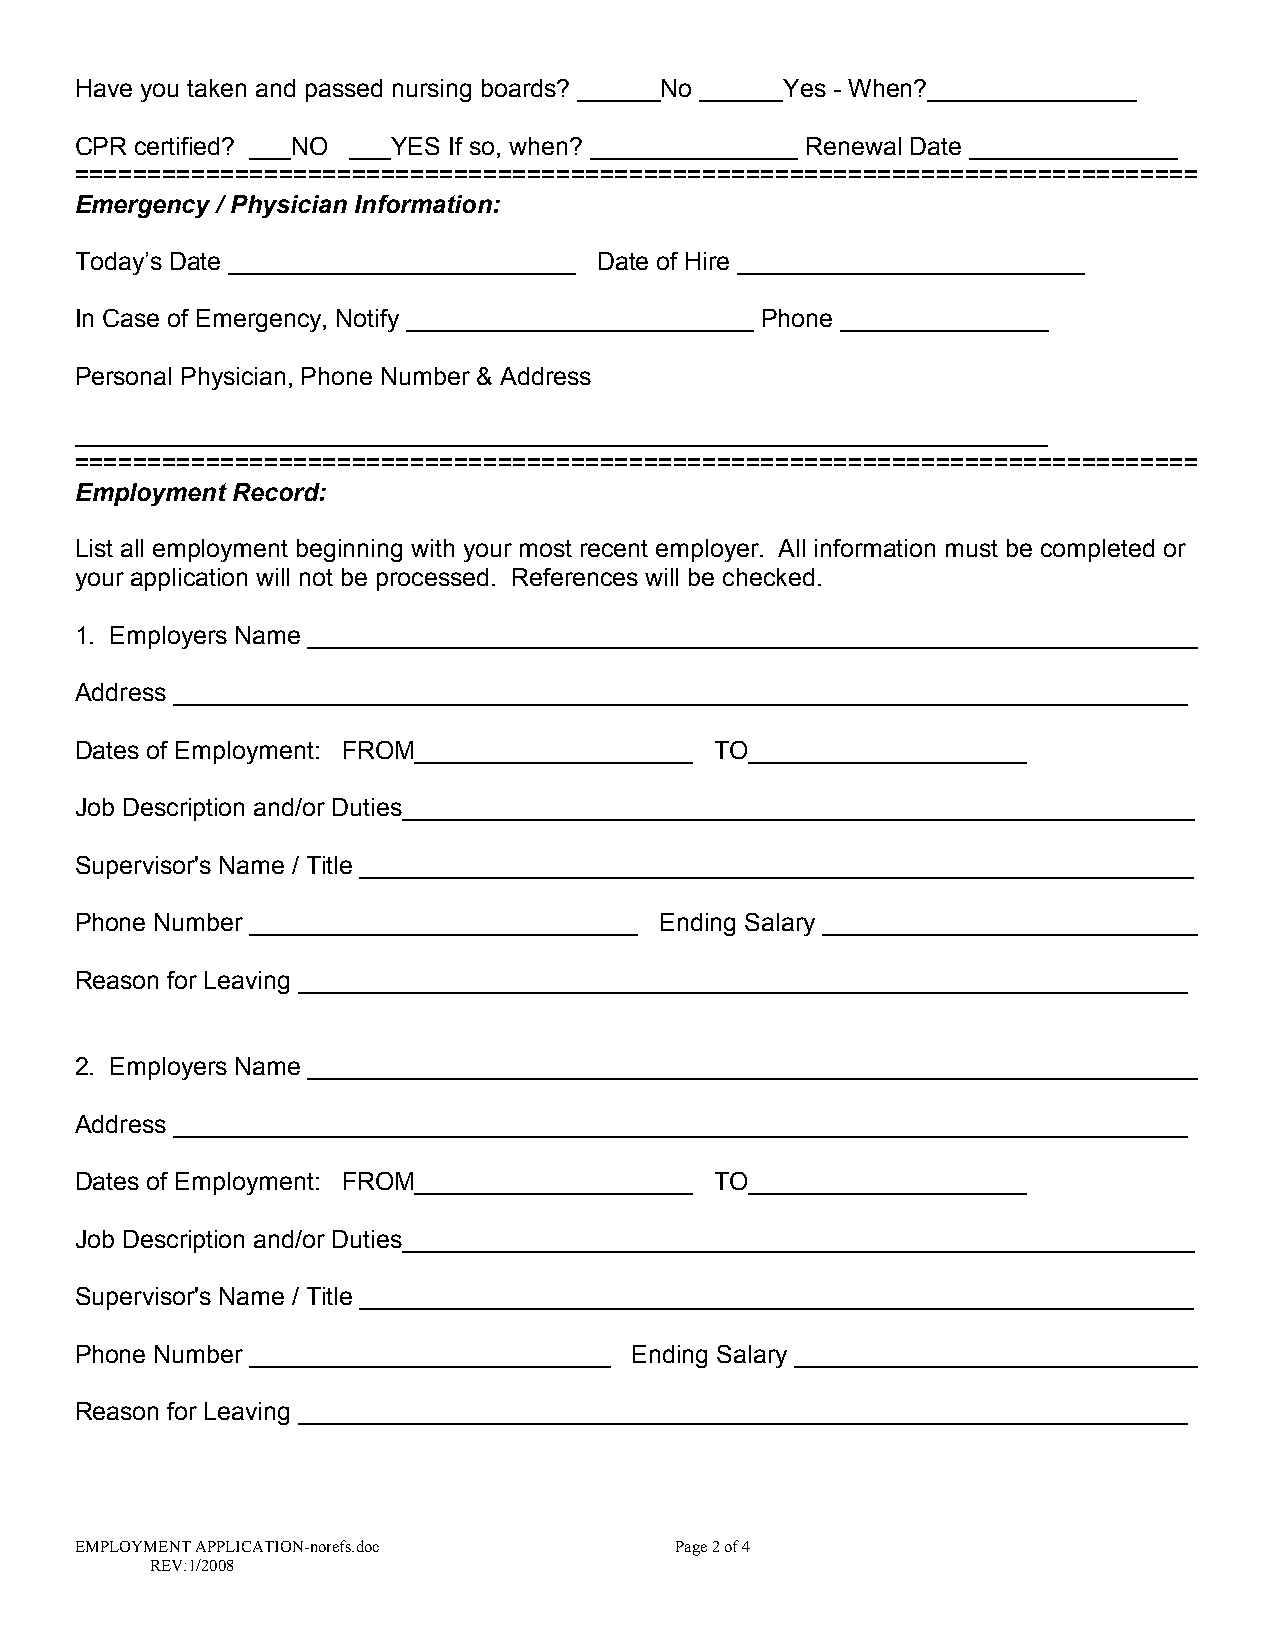
Have you taken and passed nursing boards? ______No ______Yes - When?_______________
 CPR certified? ___NO ___YES If so, when? _______________ Renewal Date _______________
 =============================================================================
 Emergency / Physician Information:
 Today’s Date _________________________ Date of Hire _________________________
 In Case of Emergency, Notify _________________________ Phone _______________
 Personal Physician, Phone Number & Address
 ______________________________________________________________________
 =============================================================================
 Employment Record:
 List all employment beginning with your most recent employer. All information must be completed or
 your application will not be processed. References will be checked.
 1. Employers Name ________________________________________________________________
 Address _________________________________________________________________________
 Dates of Employment: FROM____________________ TO____________________
 Job Description and/or Duties_________________________________________________________
 Supervisor's Name / Title ____________________________________________________________
 Phone Number ____________________________ Ending Salary ___________________________
 Reason for Leaving ________________________________________________________________
 2. Employers Name ________________________________________________________________
 Address _________________________________________________________________________
 Dates of Employment: FROM____________________ TO____________________
 Job Description and/or Duties_________________________________________________________
 Supervisor's Name / Title ____________________________________________________________
 Phone Number __________________________ Ending Salary _____________________________
 Reason for Leaving ________________________________________________________________
 EMPLOYMENT APPLICATION-norefs.doc       Page 2 of 4
 REV:1/2008